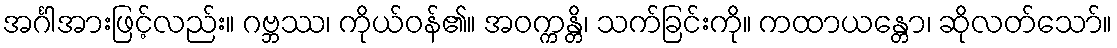
အင်္ဂါအားဖြင့်လည်း။ ဂဗ္ဘဿ၊ ကိုယ်ဝန်၏။ အဝက္ကန္တိ၊ သက်ခြင်းကို။ ကထာယန္တော၊ ဆိုလတ်သော်။